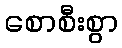
စောစီးစွာ